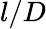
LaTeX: l/D